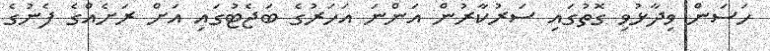
ހަސަން ވިދާޅުވި ގޮތުގައި ސަރުކާރުން އަންނަ އަހަރުގެ ބަޖެޓުގައި އަށް ރަށެއްގެ ފެނުގެ